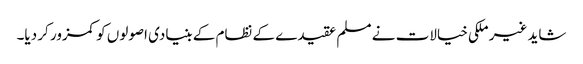
شاید غیر ملکی خیالات نے مسلم عقیدے کے نظام کے بنیادی اصولوں کو کمزور کر دیا۔